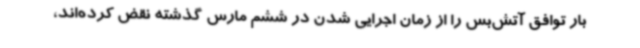
بار توافق آتش‌بس را از زمان اجرایی شدن در ششم مارس گذشته نقض کرده‌اند،